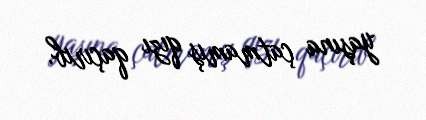
yaşına çatmamış qızı qaçırıb.